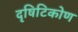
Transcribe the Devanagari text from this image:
दृषिटिकोण